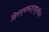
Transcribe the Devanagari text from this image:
हिरण्यकश्यपूचीच